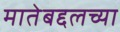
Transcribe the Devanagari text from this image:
मातेबद्दलच्या